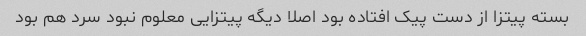
بسته پیتزا از دست پیک افتاده بود اصلا دیگه پیتزایی معلوم نبود سرد هم بود